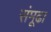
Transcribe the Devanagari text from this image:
संमूढा